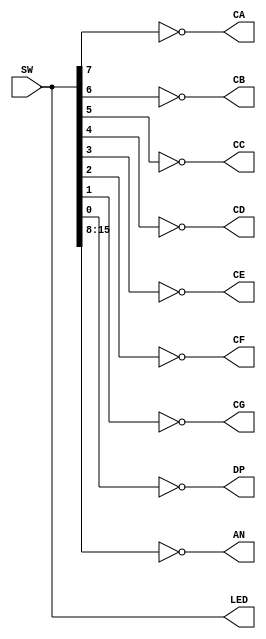
`timescale 1ns / 1ps
//////////////////////////////////////////////////////////////////////////////////
// Company: 
// Engineer: 
// 
// Design Name: 
// Module Name: Display
// Project Name: 
// Target Devices: 
// Tool Versions: 
// Description: 
// 
// Dependencies: 
// 
// Revision:
// Revision 0.01 - File Created
// Additional Comments:
// 
//////////////////////////////////////////////////////////////////////////////////


module _7Seg_Driver_Direct(SW, CA, CB, CC, CD, CE, CF, CG, DP, AN, LED);
	input [15:0] SW;                          // 16
	output CA, CB, CC, CD, CE, CF, CG, DP;  // 7
	output [7:0] AN;                          // 7
	output [15:0] LED;                        // 16LED
	
	assign CA=~SW[7];
	assign CB=~SW[6];
	assign CC=~SW[5];
    assign CD=~SW[4];
	assign CE=~SW[3];
    assign CF=~SW[2];
   	assign CG=~SW[1];
    assign DP=~SW[0];
    
    assign AN=~SW[15:8];
    assign LED=SW;
endmodule